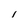
Character: l